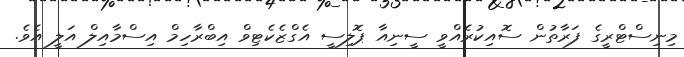
މިނިސްޓްރީގެ ފަރާތުން ސޮއިކުރެއްވީ ސީނިއާ ޕޮލިސީ އެގްޒެކެޓިވް އިބްރާހިމް އިސްމާއިލް އަލީ އެވެ.